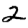
Digit: 2